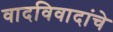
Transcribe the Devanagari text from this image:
वादविवादांचे